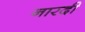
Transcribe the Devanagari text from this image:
नारदी